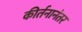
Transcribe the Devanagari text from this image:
कीर्तनानंतर